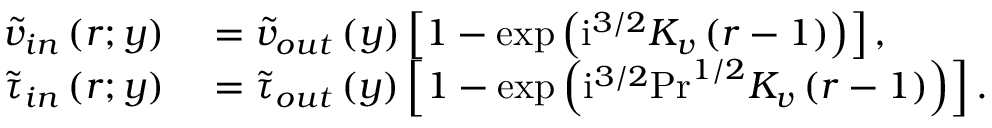
\begin{array} { r l } { \widetilde { v } _ { i n } \left( r ; y \right) } & { { } = \widetilde { v } _ { o u t } \left( y \right) \left[ 1 - \exp \left( \mathrm { i } ^ { 3 / 2 } K _ { v } \left( r - 1 \right) \right) \right] , } \\ { \widetilde { \tau } _ { i n } \left( r ; y \right) } & { { } = \widetilde { \tau } _ { o u t } \left( y \right) \left[ 1 - \exp \left( \mathrm { i } ^ { 3 / 2 } \mathrm { P r } ^ { 1 / 2 } K _ { v } \left( r - 1 \right) \right) \right] . } \end{array}